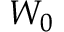
W _ { 0 }